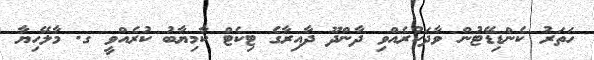
ހަތަރު ކެންޑިޑޭޓުން ވާދަކުރެއްވި ދާންދޫ ދާއިރާގެ ޓިކެޓް ކާމިޔާބު ކުރެއްވީ ގ. މާލޭހިޔާ